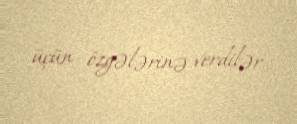
üçün özgələrinə verdilər...